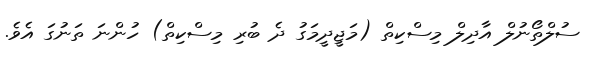
ސުލްތޯނުލް އާދިލް މިސްކިތް (މަޖީދީމަގު ދެ ބުރި މިސްކިތް) ހުންނަ ތަނުގަ އެވެ.